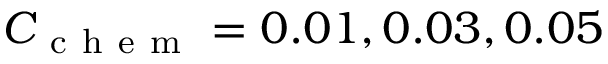
C _ { \mathrm { ~ c ~ h ~ e ~ m ~ } } = 0 . 0 1 , 0 . 0 3 , 0 . 0 5